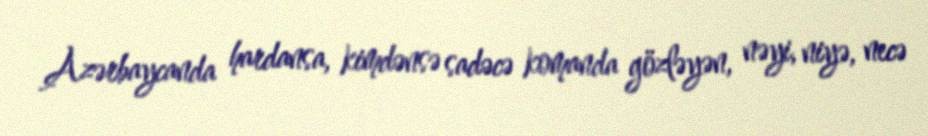
Azərbaycanda hardansa, kimdənsə sadəcə komanda gözləyən, nəyi, niyə, necə